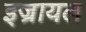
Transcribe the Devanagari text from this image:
इज्रायल